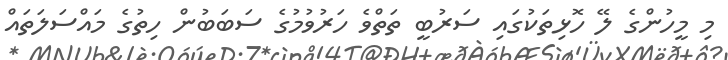
މި މީހުންގެ ލޭ ހޮޅިތަކުގައި ސަރުބީ ތަތްވެ ހަރުވުމުގެ ސަބަބުން ހިތުގެ މައްސަލަތައް